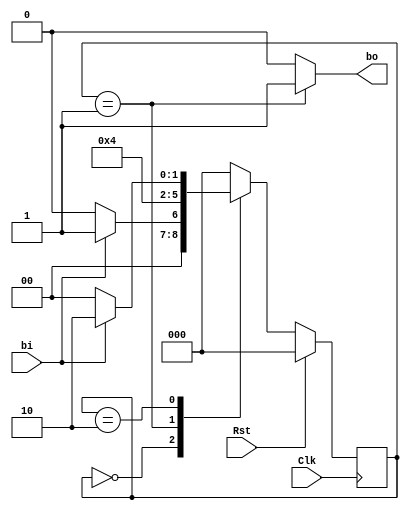
`timescale 1ns / 1ps
//////////////////////////////////////////////////////////////////////////////////
// Company: 
// Engineer: 
// 
// Design Name: 
// Module Name: Button_Sync
// Project Name: 
//////////////////////////////////////////////////////////////////////////////////

module Button_Sync(Clk, Rst, bi, bo);
    input Clk, Rst, bi;
    output reg bo;

    reg [2:0] State, NextState;
    parameter S0=2'b00, S1=2'b01, S2 = 2'b10;

    always @(State, bi) begin
        case (State)
            S0: begin
                bo <= 0;
                if(bi==1) begin
                    NextState <= S1; end
                else begin
                    NextState <= S0; end
                end
            S1: begin
                bo <= 1;
                NextState <= S2;
                end
            S2: begin
                bo <= 0;
                if(bi==0) begin  
                    NextState <= S0; end
                else begin
                    NextState <= S2; end
                end
            default: begin
                bo <= 1'b0;
                NextState <= S0;
                end
        endcase
    end
    
    always @(posedge Clk)
    begin
        if (Rst == 1)
            State <= S0;
        else
            State <= NextState;
    end
    
endmodule